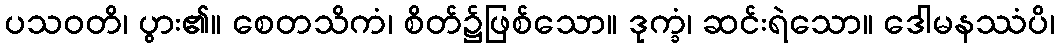
ပသဝတိ၊ ပွား၏။ စေတသိကံ၊ စိတ်၌ဖြစ်သော။ ဒုက္ခံ၊ ဆင်းရဲသော။ ဒေါမနဿံပိ၊